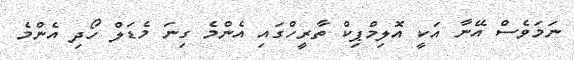
ނަމަވެސް އޭނާ އަކީ އޮލިމްޕިކް ތާރީހްގައި އެންމެ ގިނަ މެޑަލް ހޯދި އެންމެ